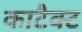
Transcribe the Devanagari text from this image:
काटैक्ट